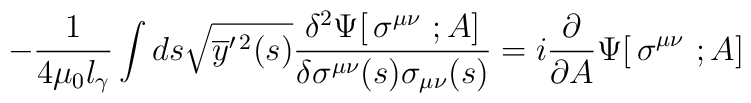
-{1\over 4\mu_0 l_\gamma}\int  ds	\sqrt{\overline y^{\prime\,2}(s)}	{\delta^2  \Psi[\,\sigma^{\mu\nu}\ ; A]\over \delta\sigma^{\mu\nu}(s)	\sigma_{\mu\nu}(s)}=	i{\partial \over\partial A }\Psi[\,\sigma^{\mu\nu}\ ; A]